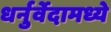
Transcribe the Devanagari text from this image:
धर्नुर्वेदामध्ये